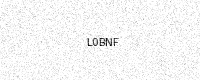
Text: L0BNF